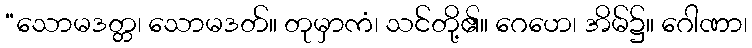
“သောမဒတ္တ၊ သောမဒတ်။ တုမှာကံ၊ သင်တို့၏။ ဂေဟေ၊ အိမ်၌။ ဂေါဏာ၊